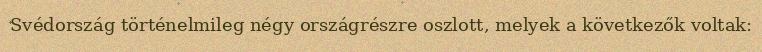
Svédország történelmileg négy országrészre oszlott, melyek a következők voltak: